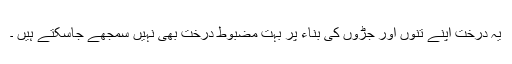
یہ درخت اپنے تنوں اور جڑوں کی بناء پر بہت مضبوط درخت بھی نہیں سمجھے جاسکتے ہیں ۔